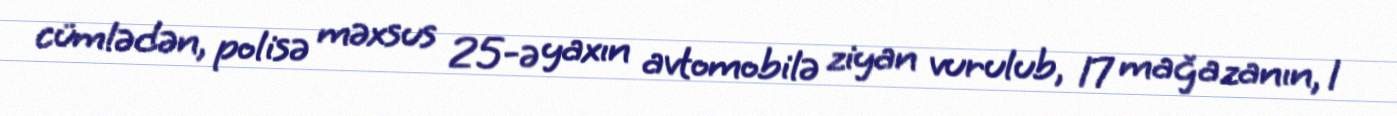
cümlədən, polisə məxsus 25-ə yaxın avtomobilə ziyan vurulub, 17 mağazanın, 1